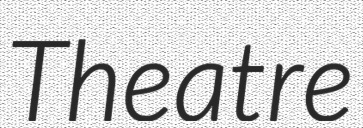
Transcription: Theatre